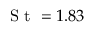
\textrm { S t } = 1 . 8 3